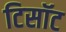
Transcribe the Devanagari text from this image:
टिसॉट